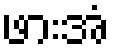
ဖားအံ